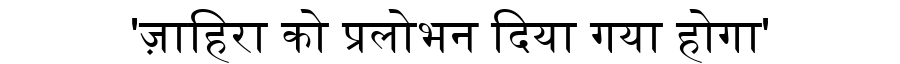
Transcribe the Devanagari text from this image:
'ज़ाहिरा को प्रलोभन दिया गया होगा'